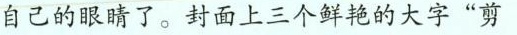
自己的眼睛了。封面上三个鲜艳的大字”剪